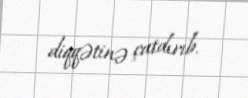
diqqətinə çatdırıb.